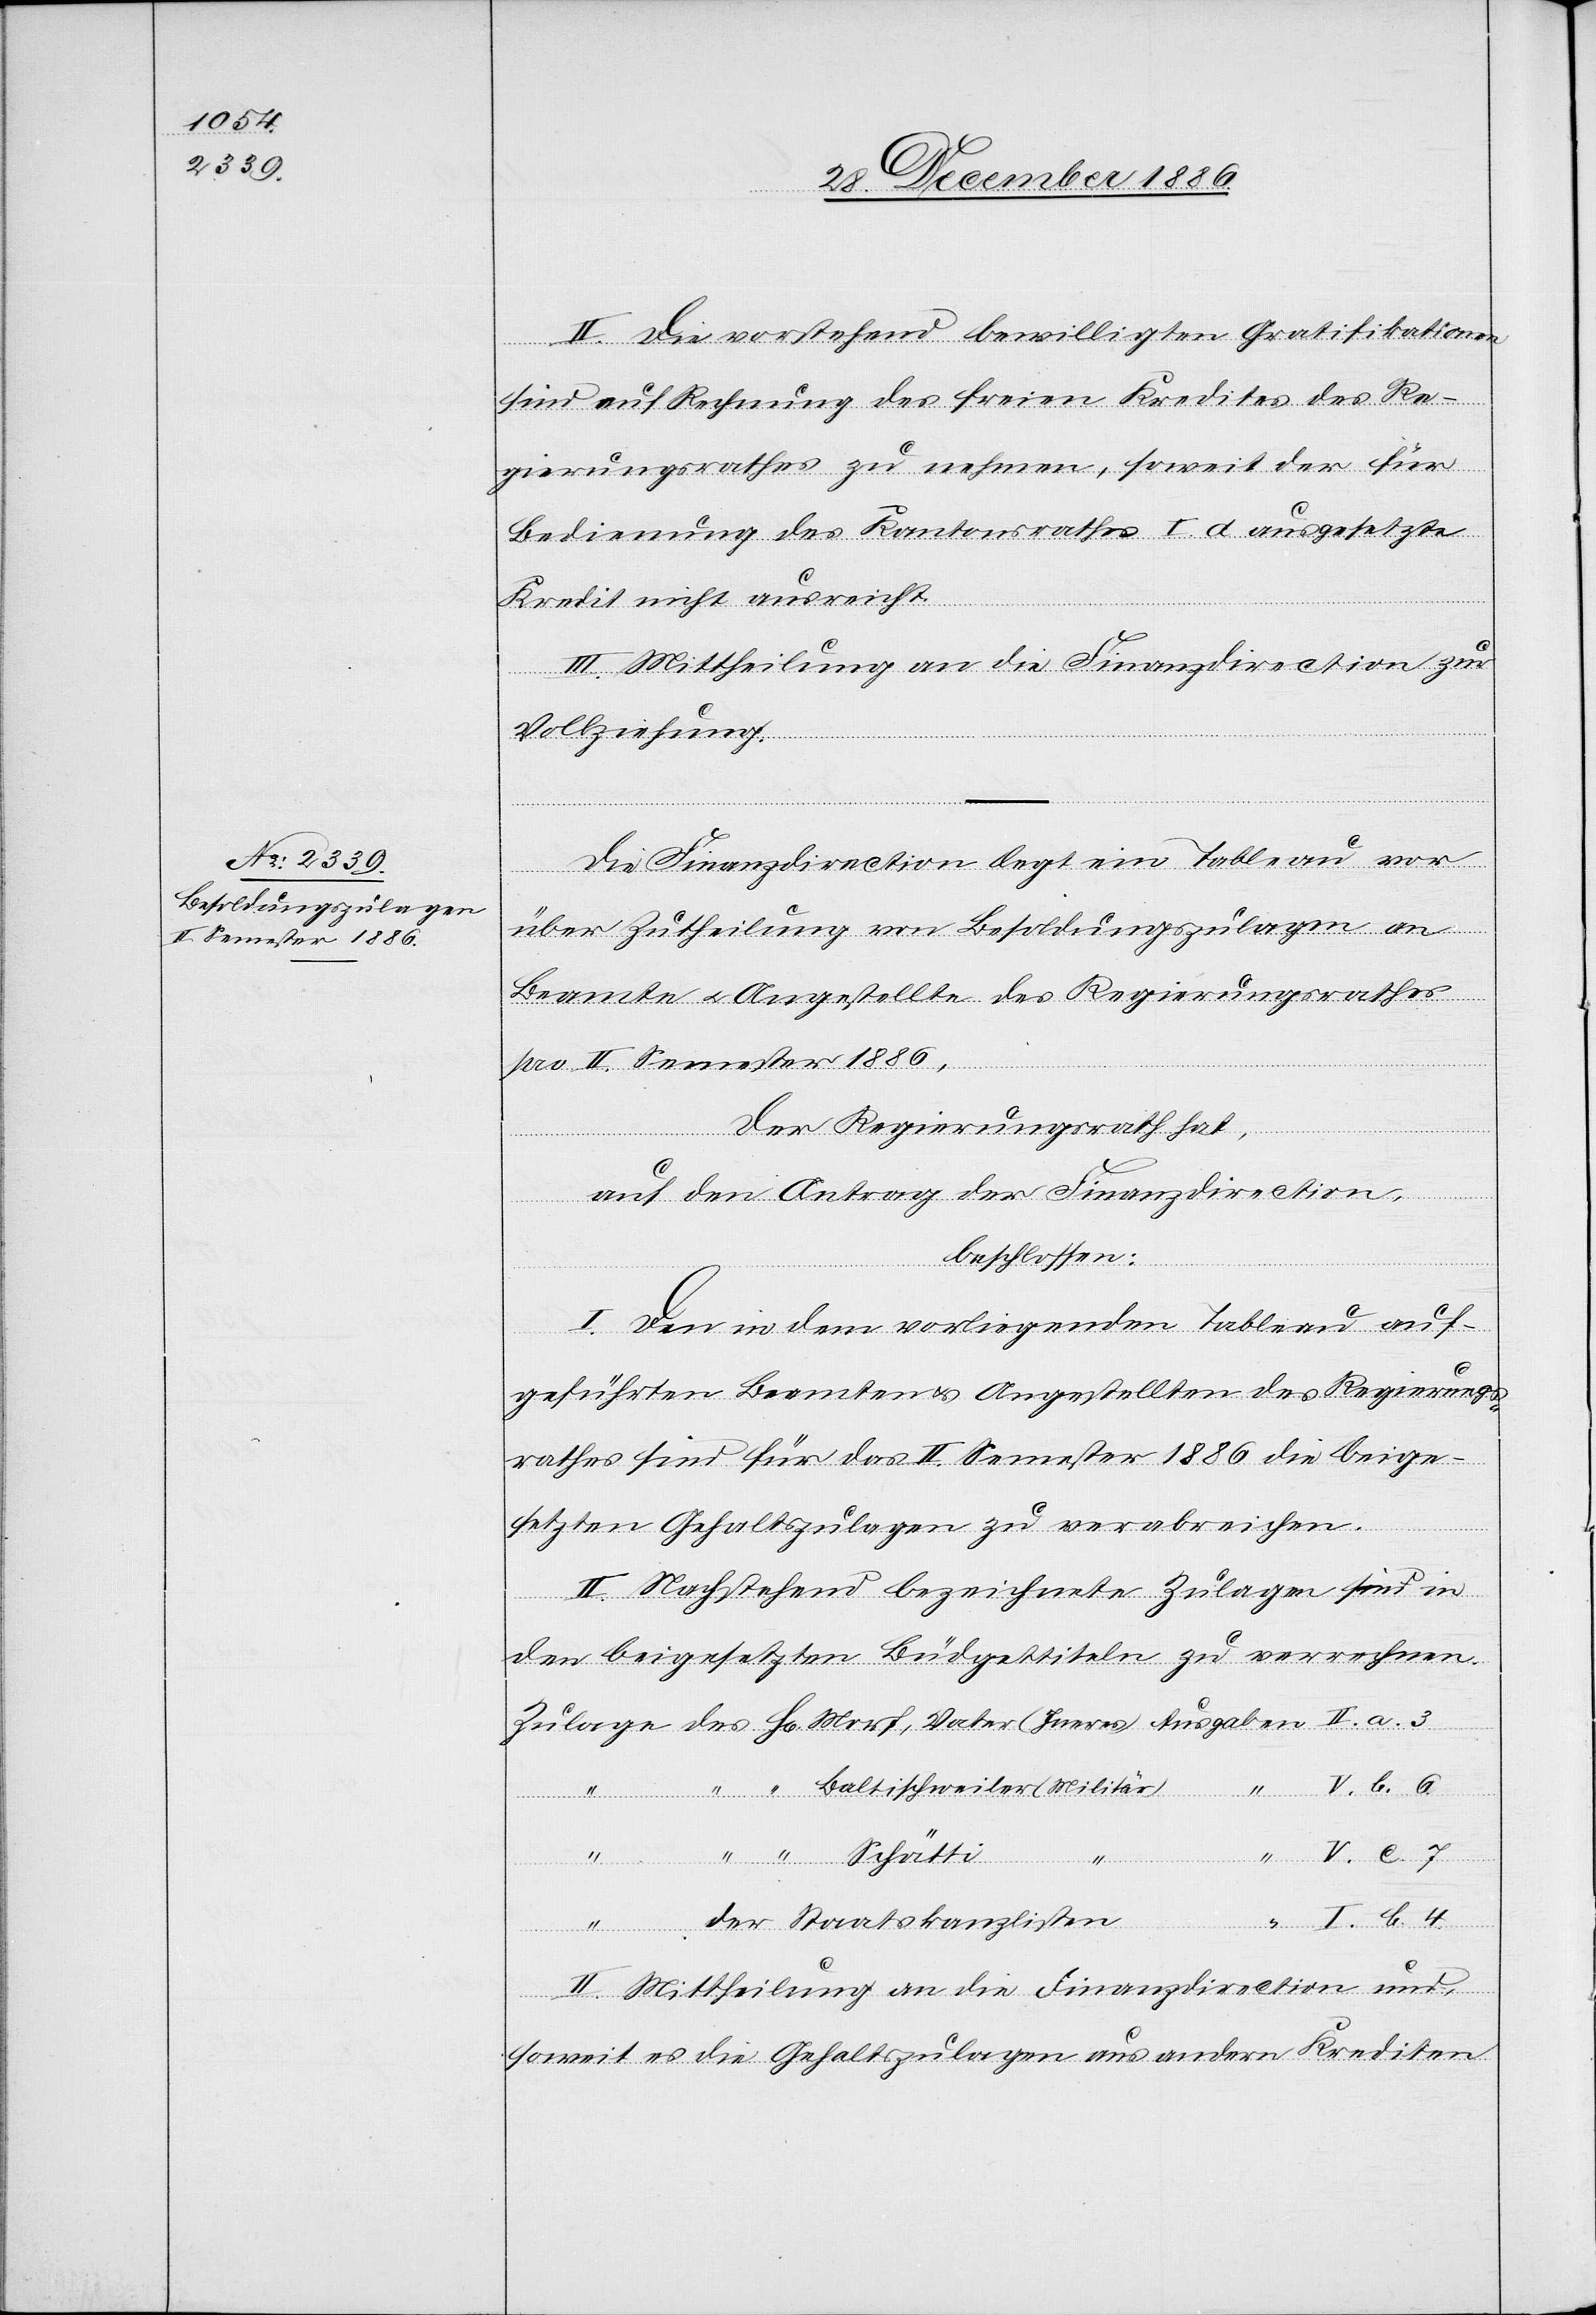
II. Die vorstehend bewilligten Gratifikationen
sind auf Rechnung des freien Kredites des Re¬
gierungsrathes zu nehmen, soweit der für
Bedienung des Kantonsrathes I. d ausgesetzte
Kredit nicht ausreicht.
III. Mittheilung an die Finanzdirection zur
Vollziehung.
Die Finanzdirection legt ein Tableau vor
über Zutheilung von Besoldungszulagen an
Beamte & Angestellte des Regierungsrathes
pro II. Semester 1886,
Der Regierungsrath hat,
auf den Antrag der Finanzdirection,
Sta¬
beschlossen:
I. Den in dem vorliegenden Tableau auf¬
geführten Beamten & Angestellten des Regierungs¬
rathes sind für das II. Semester 1886 die beige¬
setzten Gehaltszulagen zu verabreichen.
gaben
II. Nachstehend bezeichnete Zulagen sind in
den beigesetzten Büdgettiteln zu verrechnen.
der
“
atskanzlisten
I. b. 4.
H[errn]
II. Mittheilung an die Finanzdirection und,
soweit es die Gehaltszulagen aus andern Krediten